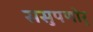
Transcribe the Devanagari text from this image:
ससुपणोर्